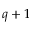
q + 1